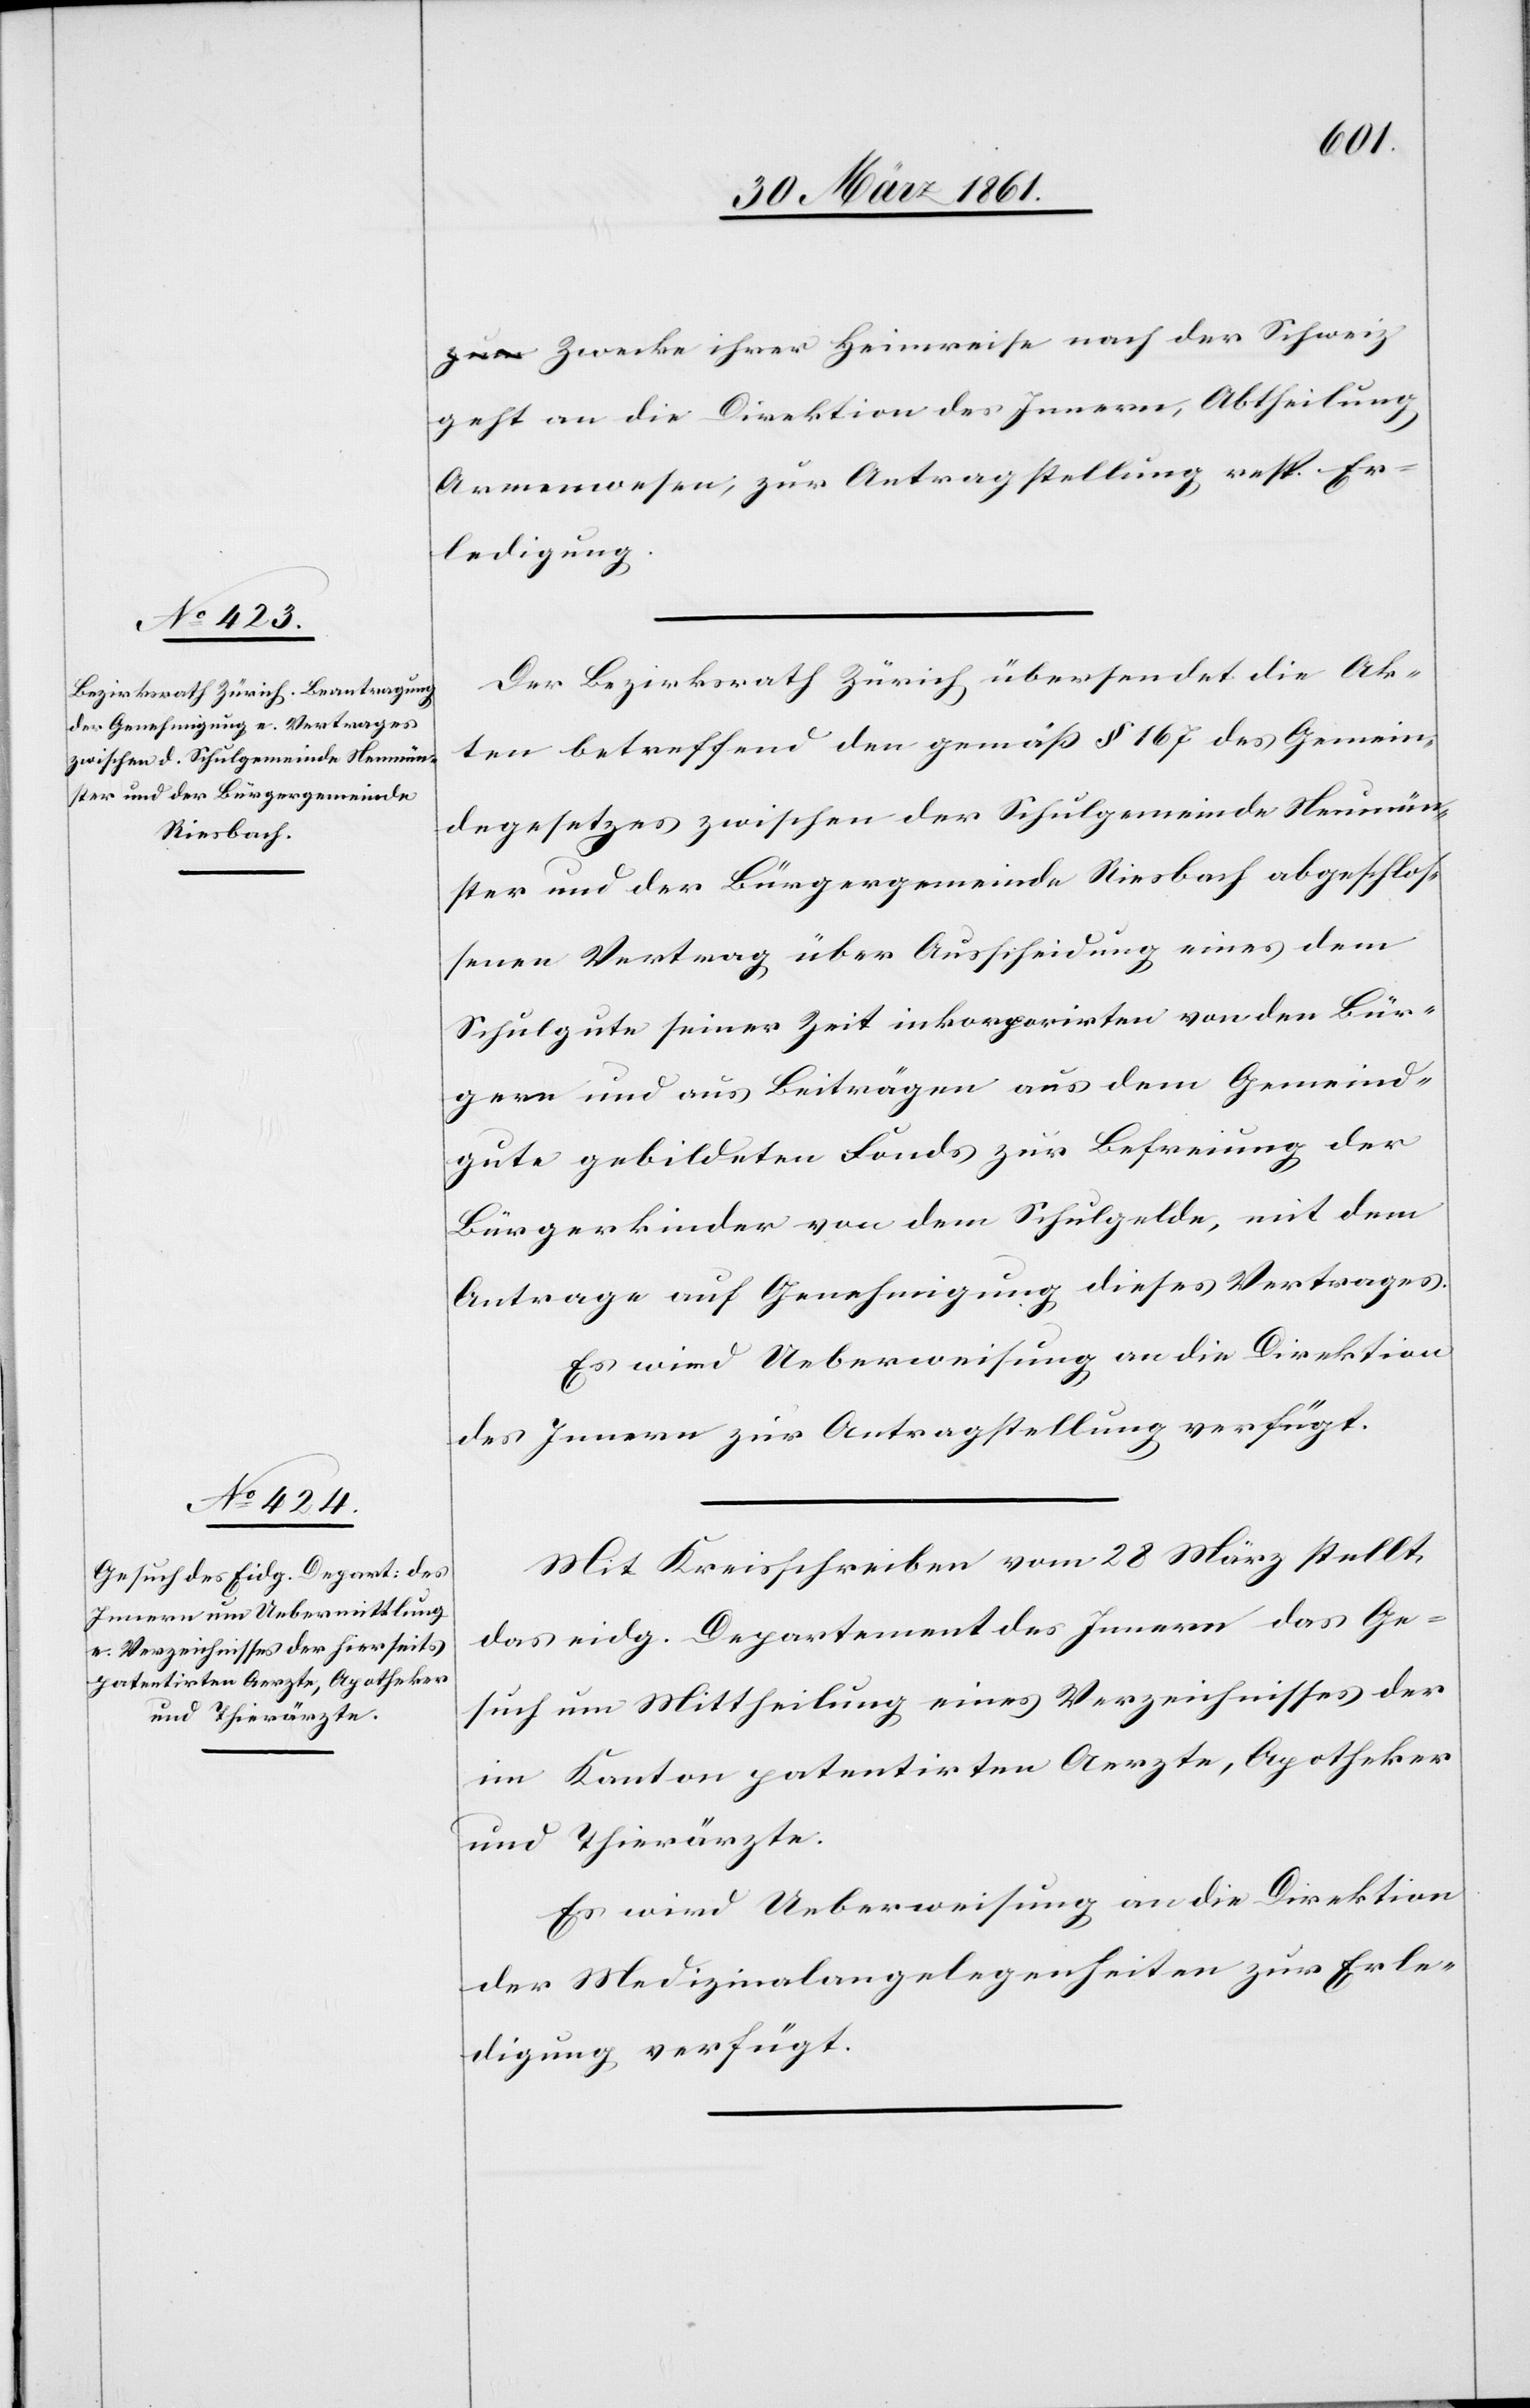
Zwecke ihrer Heimreise nach der Schweiz
geht an die Direktion des Innern, Abtheilung
Armenwesen, zur Antragstellung resp. Er¬
ledigung.
Der Bezirksrath Zürich übersendet die Ak¬
ten betreffend den gemäß § 167 des Gemein¬
degesetzes zwischen der Schulgemeinde Neumün¬
ster und der Bürgergemeinde Riesbach abgeschlos¬
senen Vertrag über Ausscheidung eines dem
Schulgute seiner Zeit inkorporirten von den Bür¬
gern und aus Beiträgen aus dem Gemeind¬
gute gebildeten Fonds zur Befreiung der
Bürgerkinder von dem Schulgelde, mit dem
Antrage auf Genehmigung dieses Vertrages.
Es wird Ueberweisung an die Direktion
des Innern zur Antragstellung verfügt.
Mit Kreisschreiben vom 28. März stellt
das eidg. Departement des Innern das Ge¬
such um Mittheilung eines Verzeichnisses der
im Kanton patentirten Aerzte, Apotheker
und Thierärzte.
Es wird Ueberweisung an die Direktion
der Medizinalangelegenheiten zur Erle¬
digung verfügt.